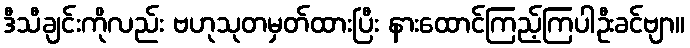
ဒီသီချင်းကိုလည်း ဗဟုသုတမှတ်ထားပြီး နားထောင်ကြည့်ကြပါဦးခင်ဗျာ။